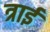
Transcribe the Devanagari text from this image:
त्राई